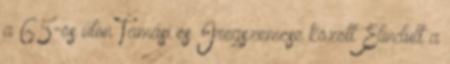
a 65-ös úton Tamási és Iregszemcse között Elindult a